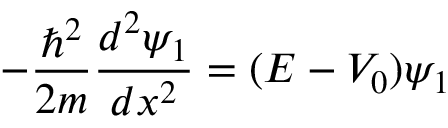
- { \frac { \hbar ^ { 2 } } { 2 m } } { \frac { d ^ { 2 } \psi _ { 1 } } { d x ^ { 2 } } } = ( E - V _ { 0 } ) \psi _ { 1 }